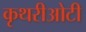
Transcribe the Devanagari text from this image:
कृथरीओटी